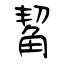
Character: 觢